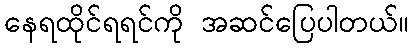
နေရထိုင်ရရင်ကို အဆင်ပြေပါတယ်။